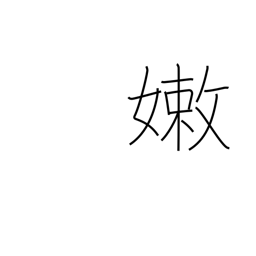
Meaning: weak